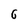
Character: 6